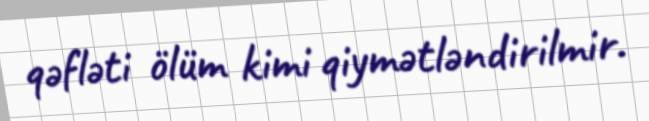
qəfləti ölüm kimi qiymətləndirilmir.